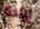
إبادة